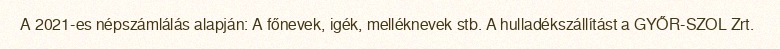
A 2021-es népszámlálás alapján: A főnevek, igék, melléknevek stb. A hulladékszállítást a GYŐR-SZOL Zrt.